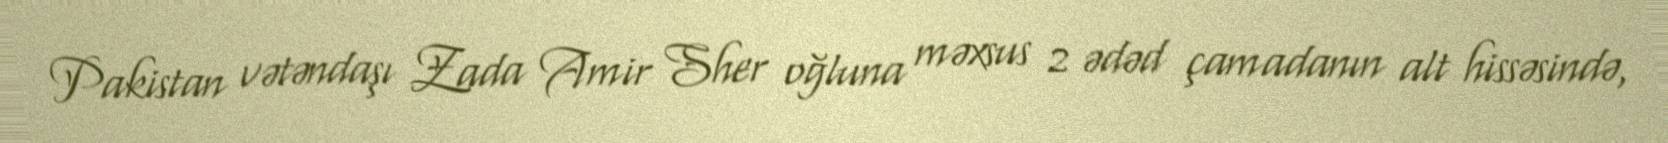
Pakistan vətəndaşı Zada Amir Sher oğluna məxsus 2 ədəd çamadanın alt hissəsində,